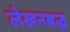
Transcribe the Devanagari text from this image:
लेखनबद्ध